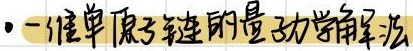
#NAME?